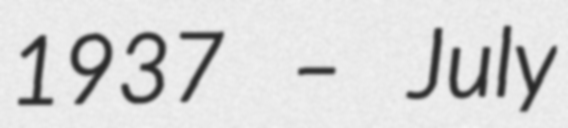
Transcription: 1937 – July